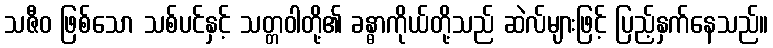
သဇီဝ ဖြစ်သော သစ်ပင်နှင့် သတ္တဝါတို့၏ ခန္ဓာကိုယ်တို့သည် ဆဲလ်များဖြင့် ပြည့်နှက်နေသည်။